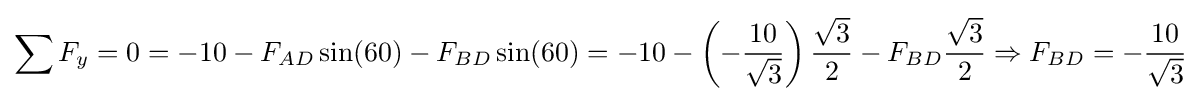
\sum F_{y}=0=-10-F_{AD}\sin(60)-F_{BD}\sin(60)=-10-\left(-{\frac {10}{\sqrt {3}}}\right){\frac {\sqrt {3}}{2}}-F_{BD}{\frac {\sqrt {3}}{2}}\Rightarrow F_{BD}=-{\frac {10}{\sqrt {3}}}